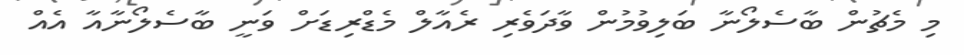
މި މެޗުން ބާސެލޯނާ ބަލިވުމުން ވާދަވެރި ރެއާލް މެޑްރިޑަށް ވަނީ ބާސެލޯނާއާ އެއް